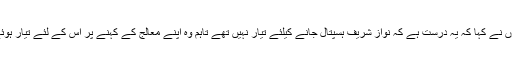
انہوں نے کہا کہ یہ درست ہے کہ نواز شریف ہسپتال جانے کیلئے تیار نہیں تھے تاہم وہ اپنے معالج کے کہنے پر اس کے لئے تیار ہوئے ۔